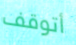
أتوقف